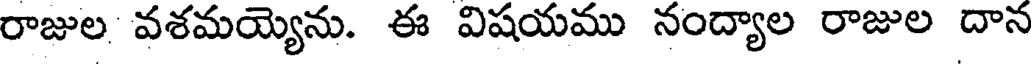
రాజుల వశమయ్యెను. ఈ విషయము నంద్యాల రాజుల దాన